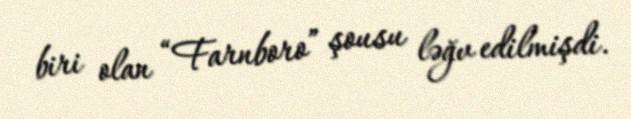
biri olan “Farnboro” şousu ləğv edilmişdi.